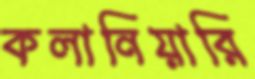
কলানিয়ারি